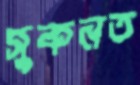
সুকনত